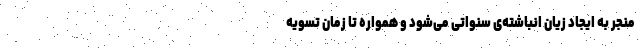
منجر به ایجاد زیان انباشته‌ی سنواتی می‌شود و همواره تا زمان تسویه